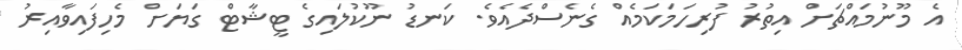
އެ މޫނުމައްޗަށް އިތުރު ފުރިހަމަކަމެއް ގެނެސްދެއެވެ. ކަނޑު ނޫކުލައިގެ ޓީޝާޓް ގަޔަށް މެހިފައިވާއިރު